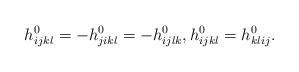
LaTeX: \begin{align*}& h_{ijkl}^0 = -h_{jikl}^0 = -h_{ijlk}^0, h_{ijkl}^0 = h_{klij}^0.\end{align*}